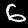
Digit: 6